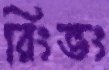
রিংভং